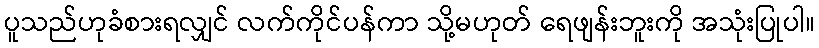
ပူသည်ဟုခံစားရလျှင် လက်ကိုင်ပန်ကာ သို့မဟုတ် ရေဖျန်းဘူးကို အသုံးပြုပါ။